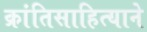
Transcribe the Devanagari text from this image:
क्रांतिसाहित्याने